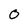
Character: 0